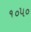
૧૦૫૦